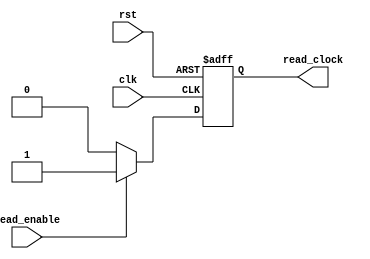
module fifo_timing_control(
    input wire clk,
    input wire rst,
    input wire read_enable,
    output reg read_clock
);

always @(posedge clk or posedge rst) begin
    if (rst) begin
        read_clock <= 1'b0;
    end else begin
        if (read_enable) begin
            read_clock <= 1'b1;
        end else begin
            read_clock <= 1'b0;
        end
    end
end

endmodule